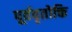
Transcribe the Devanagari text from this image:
पूर्ववृतोक्ति